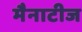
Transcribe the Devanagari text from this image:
मैनाटीज